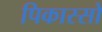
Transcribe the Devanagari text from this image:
पिकास्सो